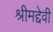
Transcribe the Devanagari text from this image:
श्रीमद्देवी